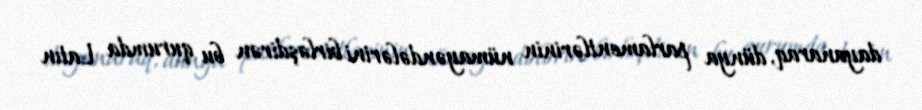
dayanaraq, dünya parlamentlərinin nümayəndələrini birləşdirən bu qurumda Latın